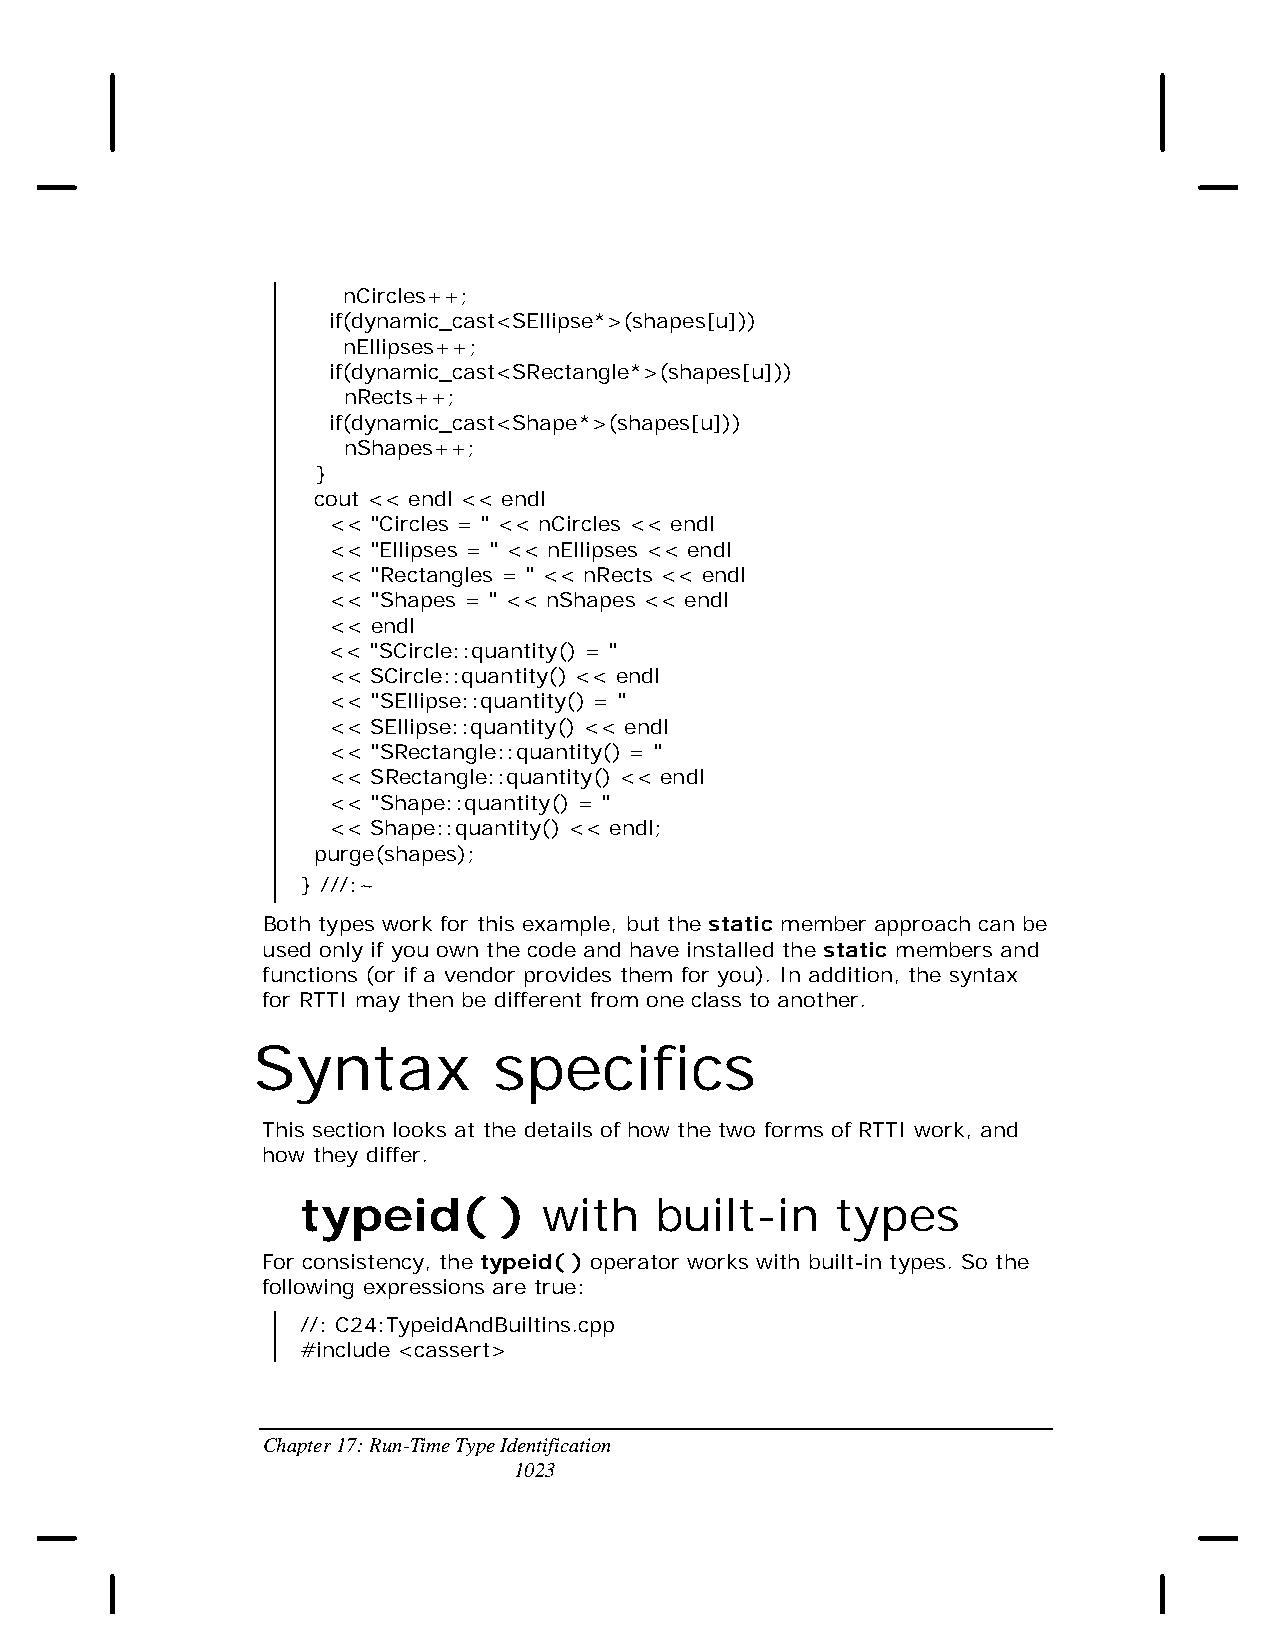
nCircles++;
 if(dynamic_cast<SEllipse*>(shapes[u]))
 nEllipses++;
 if(dynamic_cast<SRectangle*>(shapes[u]))
 nRects++;
 if(dynamic_cast<Shape*>(shapes[u]))
 nShapes++;
 }
 cout << endl << endl
 << "Circles = " << nCircles << endl
 << "Ellipses = " << nEllipses << endl
 << "Rectangles = " << nRects << endl
 << "Shapes = " << nShapes << endl
 << endl
 << "SCircle::quantity() = "
 << SCircle::quantity() << endl
 << "SEllipse::quantity() = "
 << SEllipse::quantity() << endl
 << "SRectangle::quantity() = "
 << SRectangle::quantity() << endl
 << "Shape::quantity() = "
 << Shape::quantity() << endl;
 purge(shapes);
 } ///:~
 Both types work for this example, but the static member approach can be
 used only if you own the code and have installed the static members and
 functions (or if a vendor provides them for you). In addition, the syntax
 for RTTI may then be different from one class to another.
 Syntax          specifics
 This section looks at the details of how the two forms of RTTI work, and
 how they differ.
 typeid(      )  with   built-in    types
 For consistency, the typeid( ) operator works with built-in types. So the
 following expressions are true:
 //: C24:TypeidAndBuiltins.cpp
 #include <cassert>
 Chapter 17: Run-Time Type Identification
 1023